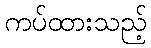
ကပ်ထားသည့်